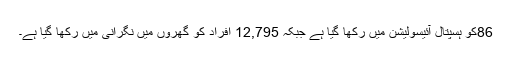
86کو ہسپتال آئیسولیشن میں رکھا گیا ہے جبکہ 12,795 اَفراد کو گھروں میں نگرانی میں رکھا گیا ہے۔